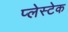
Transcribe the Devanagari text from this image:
प्लेस्टेक